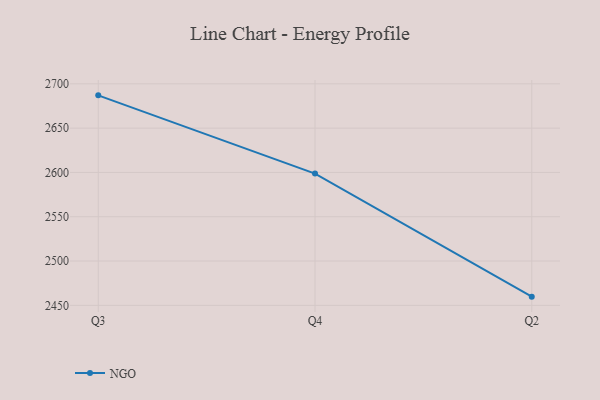
{"axis": {"x": "Quarter", "y": "Operating Costs (USD K)"}, "legend": ["NGO"], "data": [{"x": "Q3", "y": 2687.0, "type": "NGO"}, {"x": "Q4", "y": 2598.7, "type": "NGO"}, {"x": "Q2", "y": 2459.8, "type": "NGO"}]}